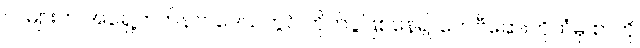
လများက အရှေ့ဘက်နာဂဒေသတွင် တိုက်ပွဲဖြစ်နေ၍ ကေဗီဆေးကိုထံမှ စာကို